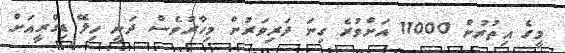
މީގެ އިތުރުން 11000 އަށްވުރެ ގިނަ ދަރިވަރުން މިހާރުވެސް ދަނީ ހިލޭ ޑިގްރީއަށް